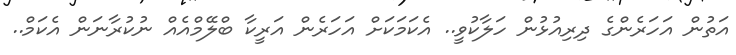
އަތުން އަހަރެންގެ ދިރިއުޅުން ހަލާކުވީ.. އެކަމަކަށް އަހަރެން އަރީކާ ބްލޭމްއެއް ނުކުރާނަން އެކަމް..